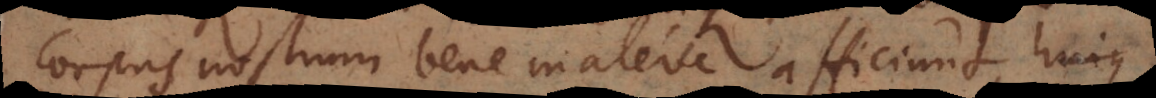
corpus nostrum bene maleve afficiunt, hujus